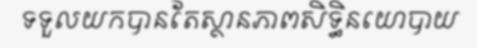
ទទួលយកបានតែស្ថានភាពសិទ្ធិនយោបាយ